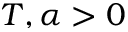
T , \alpha > 0